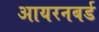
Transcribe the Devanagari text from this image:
आयरनबर्ड